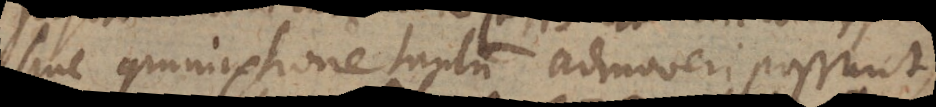
sine commixtione tantum admoveri possunt,